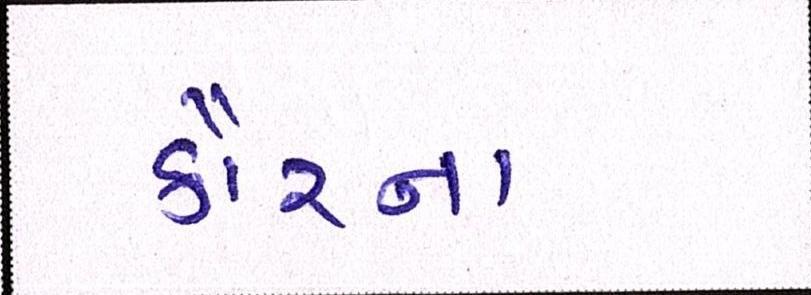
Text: કૌરના